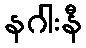
နဂါးနီ